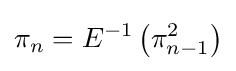
\pi _{n}=E^{-1}\left(\pi _{n-1}^{2}\right)